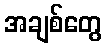
အချစ်တွေ